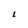
Character: L